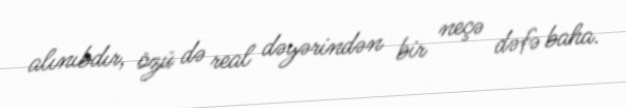
alınıbdır, özü də real dəyərindən bir neçə dəfə baha.